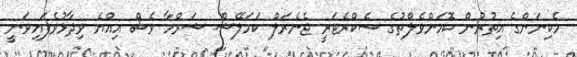
މެކިނަންގެ އިތުރުން ކޮމަންވެލްތުގެ ސެކްރެޓަރީ ޖެނެރަލް ކަމަލޭޝް ޝަރްމާ ވެސް އިއްޔެ ވިދާޅުވެފައިވަނީ